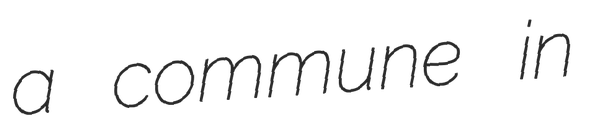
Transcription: a commune in